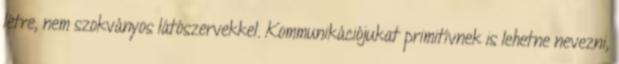
létre, nem szokványos látószervekkel. Kommunikációjukat primitívnek is lehetne nevezni,